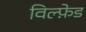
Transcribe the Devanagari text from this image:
विल्फ़ेड